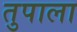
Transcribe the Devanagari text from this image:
तुपाला